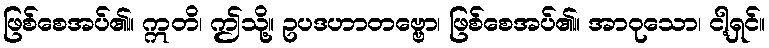
ဖြစ်စေအပ်၏။ ဣတိ၊ ဤသို့။ ဥပဒဟာတဗ္ဗော၊ ဖြစ်စေအပ်၏။ အာဝုသော၊ ငါ့ရှင်။